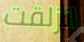
انزلقت